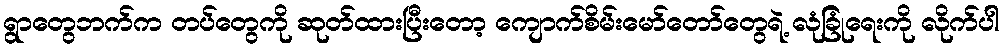
ရွာတွေဘက်က တပ်တွေကို ဆုတ်ထားပြီးတော့ ကျောက်စိမ်းမော်တော်တွေရဲ့ လုံခြုံရေးကို လိုက်ပါ